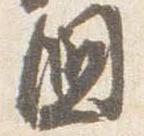
国